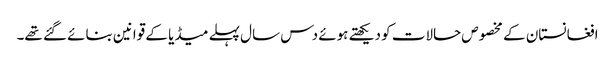
افغانستان کے مخصوص حالات کو دیکھتے ہوئے دس سال پہلے میڈیا کے قوانین بنائے گئے تھے۔